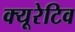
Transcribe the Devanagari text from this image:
क्यूरेटिव